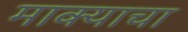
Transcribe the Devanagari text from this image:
माक्याचा